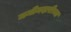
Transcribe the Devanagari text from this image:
जमीनदारीच्या